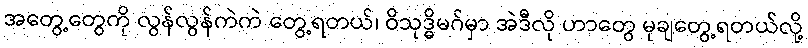
အတွေ့တွေကို လွန်လွန်ကဲကဲ တွေ့ရတယ်၊ ဝိသုဒ္ဓိမဂ်မှာ အဲဒီလို ဟာတွေ မုချတွေ့ရတယ်လို့